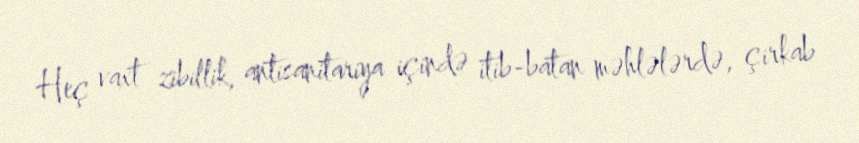
Heç vaxt zibillik, antisanitariya içində itib-batan məhlələrdə, çirkab